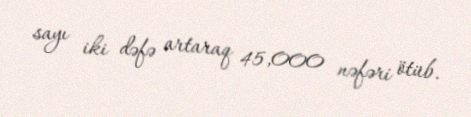
sayı iki dəfə artaraq 45,000 nəfəri ötüb.